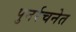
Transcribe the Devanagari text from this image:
पुनर्रचनेत